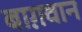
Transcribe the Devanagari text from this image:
बाग़वान